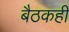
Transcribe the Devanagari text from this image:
बैठकही